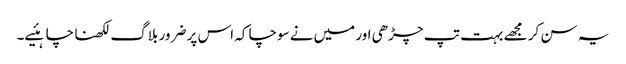
یہ سن کر مجھے بہت تپ چڑھی اور میں‌نے سوچا کہ اس پر ضرور بلاگ لکھنا چاہئیے۔